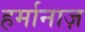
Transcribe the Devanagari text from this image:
हर्मानाज़